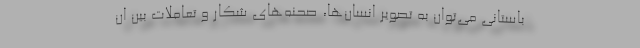
باستانی می‌توان به تصویر انسان‌ها، صحنه‌های شکار و تعاملات بین ان